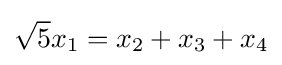
{\sqrt {5}}x_{1}=x_{2}+x_{3}+x_{4}